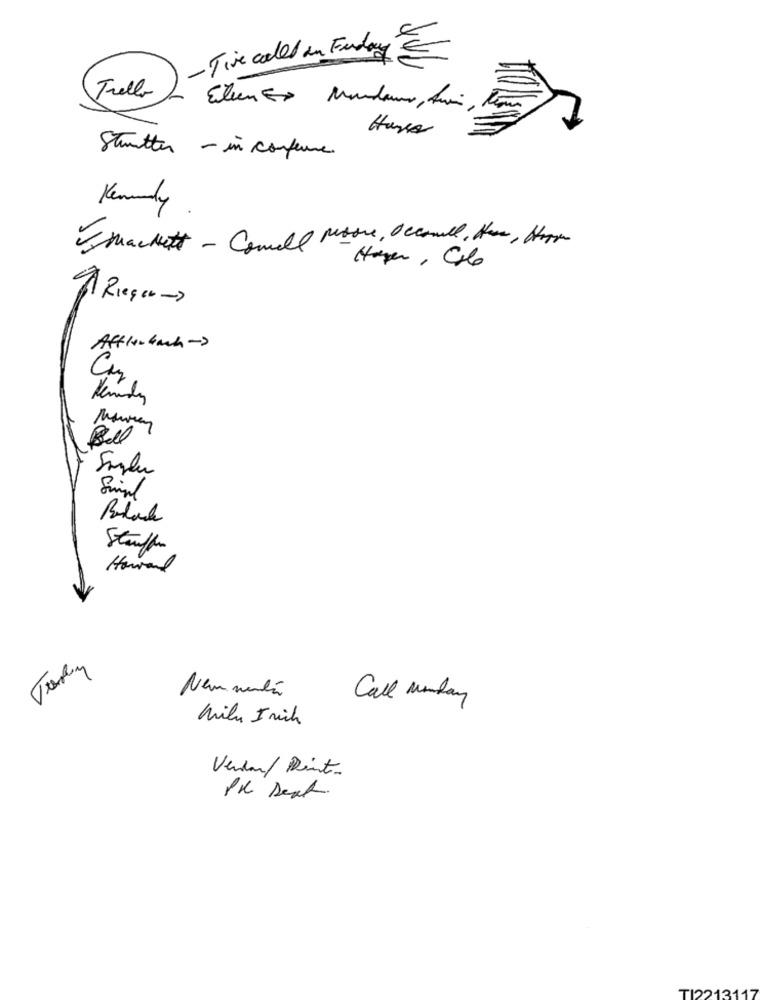
-Tive cold in Funday
Trello
Elen ED Mundano, Ani,
Stutter - in confeure.
Kenuly
Smackett - Connell persone, Occomall, Have , Hoppe
Harper , Colo
Riesen ->
Affleshah-
Black
Stauffer
Howard
Nem menéén
Call Monday
Milu Irich
Vendan/ Dint
PK Deal
TI221311